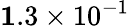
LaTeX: {\mathbf 1.3\times 10^{-1}}